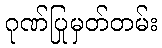
ဂုဏ်ပြုမှတ်တမ်း